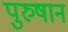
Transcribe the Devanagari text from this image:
पुरुषान